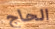
الحاج